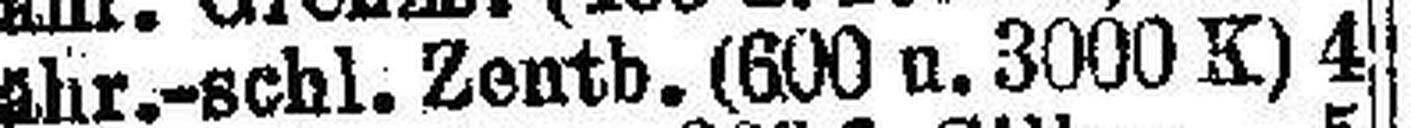
Mähr.-schl. Zentb. (600 u. 3000 K) 4